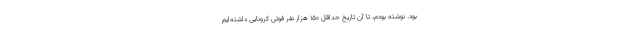
بود. نوشته بودم، تا آن تاریخ حداقل ۱۵۰ هزار نفر فوتی کرونایی داشته‌ایم